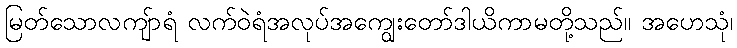
မြတ်သောလကျ်ာရံ လက်ဝဲရံအလုပ်အကျွေးတော်ဒါယိကာမတို့သည်။ အဟေသုံ၊